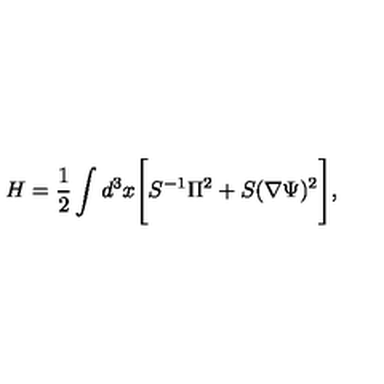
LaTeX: H = \frac { 1 } { 2 } \int d ^ { 3 } x \Biggl [ S ^ { - 1 } \Pi ^ { 2 } + S ( \nabla \Psi ) ^ { 2 } \Biggr ] ,